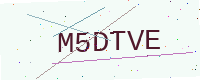
Text: M5DTVE